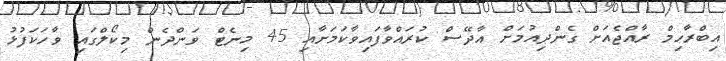
އިބްރާހިމް ރާއްޖެއަށް ގެންދިއުމަށް އާދޭސް ކުރައްވާފައިވާކަމަށާއި 45 މިނެޓް ވަންދެން މިކޯލްގައި ވާހަކަފުޅު